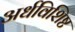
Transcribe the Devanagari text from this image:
अर्धविशिष्ट